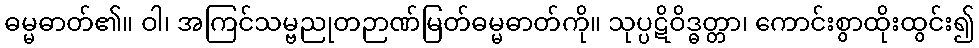
ဓမ္မဓာတ်၏။ ဝါ၊ အကြင်သမ္ဗညုတဉာဏ်မြတ်ဓမ္မဓာတ်ကို။ သုပ္ပဋိဝိဒ္ဓတ္တာ၊ ကောင်းစွာထိုးထွင်း၍